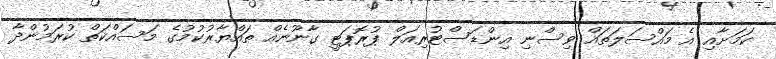
ކަމަށާއި އެ މައްސަލަތައް ވިސްނި އިންޑަސްޓުރިއަލް ޕުރޮޕަޓީ ގާނޫނެއް ތައްޔާރުކުމުގެ މަސައްކަތް ކުރަމުންދާ